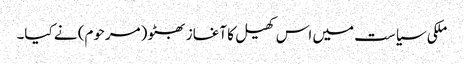
ملکی سیاست میں اس کھیل کا آغاز بھٹو (مرحوم) نے کیا۔